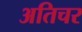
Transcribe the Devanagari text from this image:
अतिचर